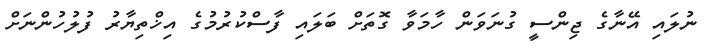
ނުލައި އޭނާގެ ޖިންސީ ގުނަވަން ހާމަވާ ގޮތަށް ބަލައި ފާސްކުރުމުގެ އިޚްތިޔާރު ފުލުހުންނަށް